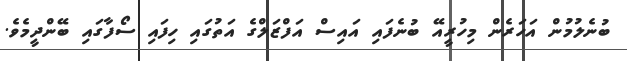
ބުނެލުމުން އަހަރެން މިހުރީއޭ ބުނެފައި އައިސް އަފްޒަލްގެ އަތުގައި ހިފައި ސޯފާގައި ބޭންދީމެވެ.